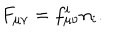
F _ { \mu \nu } = f _ { \mu \nu } ^ { i } n _ { i } .